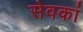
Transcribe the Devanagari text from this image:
सेवकां